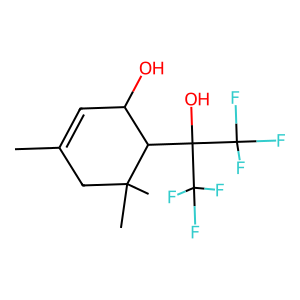
SMILES: CC1=CC(O)C(C(O)(C(F)(F)F)C(F)(F)F)C(C)(C)C1
Inhibits HIV replication: No